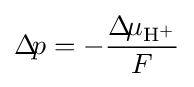
\Delta \!p=-{\frac {\Delta \!\mu _{\mathrm {H^{+}} }}{F}}